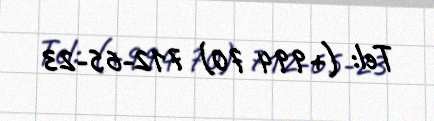
Tel: (+994 70) 712-65-23